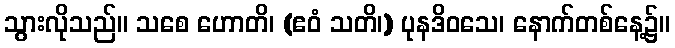
သွားလိုသည်။ သစေ ဟောတိ၊ (ဧဝံ သတိ၊) ပုနဒိဝသေ၊ နောက်တစ်နေ့၌။